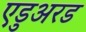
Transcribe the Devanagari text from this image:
एडुअरड